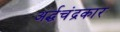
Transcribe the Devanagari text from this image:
अर्द्धचंद्रकार